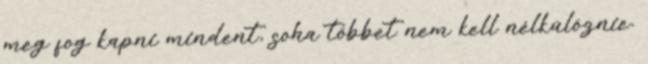
meg fog kapni mindent, soha többet nem kell nélkülöznie.